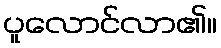
ပူလောင်လာ၏။